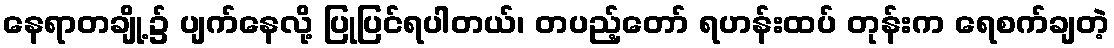
နေရာတချို့၌ ပျက်နေလို့ ပြုပြင်ရပါတယ်၊ တပည့်တော် ရဟန်းထပ် တုန်းက ရေစက်ချတဲ့